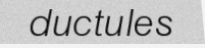
ductules